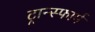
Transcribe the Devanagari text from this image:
ट्रान्स्फार्म